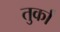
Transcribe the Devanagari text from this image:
तुर्कां